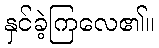
နှင်ခဲ့ကြလေ၏။